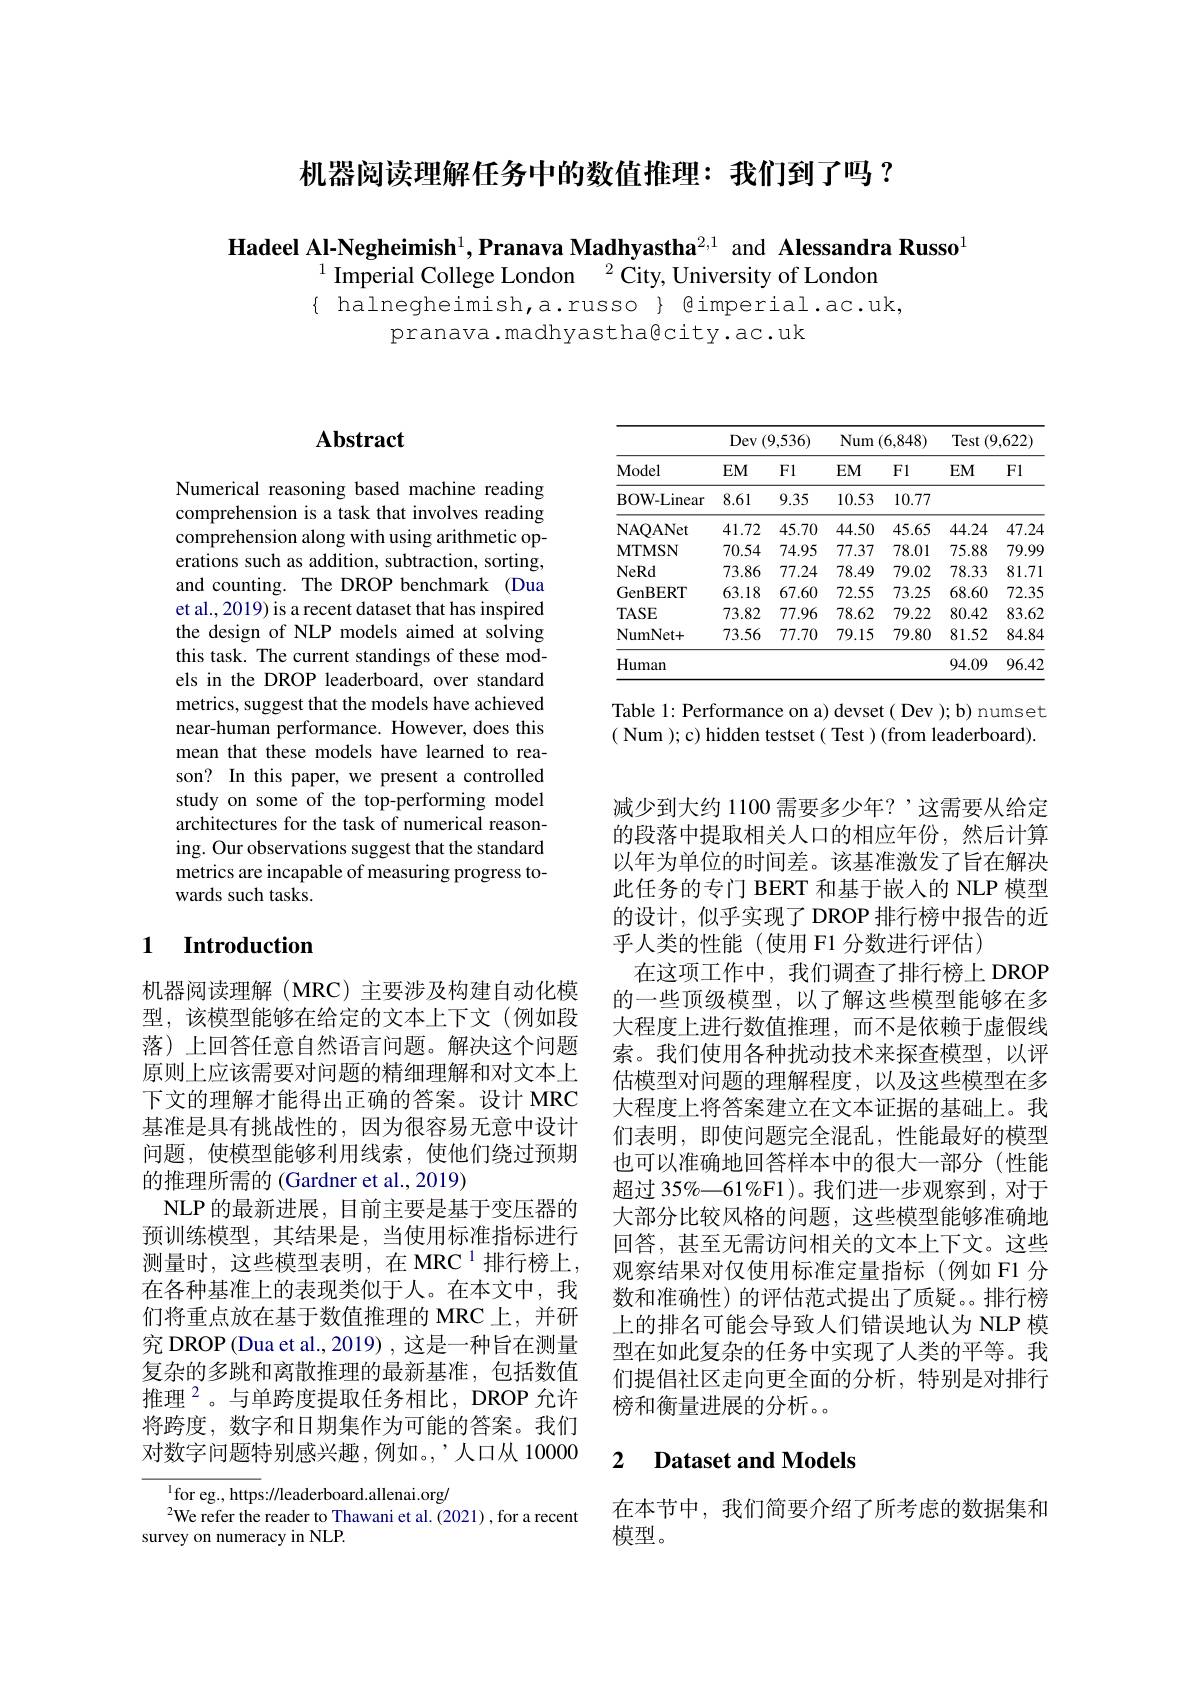
机器阅读理解任务中的数值推理：我们到了吗？

Hadeel Al-Negheimish$^1,\textbf{Pranava Madhyastha}^{2,1}$ and Alessandra Russo
$^{1}$ Imperial College London $^{2}$ City, University of London
$\{$ halnegheimish,a.russo $\}$ gimperial.ac.uk,
pranava.madhyastha@city.ac.uk

### $\mathbf{Abstract}$

Numerical reasoning based machine reading comprehension is a task that involves reading comprehension along with using arithmetic operations such as addition, subtraction, sorting, and counting. The DROP benchmark (Dua et al., 2019) is a recent dataset that has inspired the design of NLP models aimed at solving this task. The current standings of these models in the DROP leaderboard, over standard metrics, suggest that the models have achieved near-human performance. However, does this mean that these models have learned to reason? In this paper, we present a controlled study on some of the top-performing model architectures for the task of numerical reasoning. Our observations suggest that the standard metrics are incapable of measuring progress towards such tasks.

### 1 $\textbf{Introduction}$

机器阅读理解(MRC)主要涉及构建自动化模型，该模型能够在给定的文本上下文(例如段落) 上回答任意自然语言问题。解决这个问题原则上应该需要对问题的精细理解和对文本上下文的理解才能得出正确的答案。设计 MRC 基准是具有挑战性的，因为很容易无意中设计问题，使模型能够利用线索，使他们绕过预期的推理所需的 (Gardner et al., 2019)
NLP 的最新进展，目前主要是基于变压器的预训练模型，其结果是，当使用标准指标进行测量时，这些模型表明，在 MRC $^1$排行榜上， 在各种基准上的表现类似于人。在本文中，我们将重点放在基于数值推理的 MRC 上，并研究 DROP (Dua et al., 2019) , 这是一种旨在测量复杂的多跳和离散推理的最新基准，包括数值推理$^{2}$。与单跨度提取任务相比，DROP 允许将跨度，数字和日期集作为可能的答案。我们对数字问题特别感兴趣，例如。,人口从 10000

$^{1}$for eg., https://leaderboard.allenai.org/
$^{2}$We refer the reader to Thawani et al.(2021), for a recent
survey on numeracy in NLP.

<table>
	<tbody>
		<tr>
			<th rowspan="2">Model</th>
			<th colspan="2">$\operatorname{Dev}\left(9,536\right)$</th>
			<th colspan="2">Num (6,848) 111 1</th>
			<th colspan="2">Test( (9,622) 1</th>
		</tr>
		<tr>
			<th>$EM$</th>
			<th>Fl</th>
			<th>$EM$</th>
			<th>Fl</th>
			<th>$EM$</th>
			<th>Fl</th>
		</tr>
		<tr>
			<td>${\mathrm{BOW-Linear}}$</td>
			<td>8.61</td>
			<td>9.35</td>
			<td>10.53</td>
			<td>10.77</td>
			<td> </td>
			<td> </td>
		</tr>
		<tr>
			<td>NAQANet</td>
			<td>41.72</td>
			<td>45.70</td>
			<td>44.50</td>
			<td>45.65</td>
			<td>44.24</td>
			<td>47.24</td>
		</tr>
		<tr>
			<td>MTMSN</td>
			<td>70.54</td>
			<td>74.95</td>
			<td>77.37</td>
			<td>78.01</td>
			<td>75.88</td>
			<td>79.99</td>
		</tr>
		<tr>
			<td>NeRd</td>
			<td>73.86</td>
			<td>77.24</td>
			<td>78.49</td>
			<td>79.02</td>
			<td>78.33</td>
			<td>81.71</td>
		</tr>
		<tr>
			<td>GenBERT</td>
			<td>63.18</td>
			<td>67.60</td>
			<td>72.55</td>
			<td>73.25</td>
			<td>68.60</td>
			<td>72.35</td>
		</tr>
		<tr>
			<td>$TASE$</td>
			<td>73.82</td>
			<td>77.96</td>
			<td>78.62</td>
			<td>79.22</td>
			<td>80.42</td>
			<td>83.62</td>
		</tr>
		<tr>
			<td>NumNet+</td>
			<td>73.56</td>
			<td>77.70</td>
			<td>79.15</td>
			<td>79.80</td>
			<td>81.52</td>
			<td>84.84</td>
		</tr>
		<tr>
			<td>${\mathrm{Human}}$</td>
			<td> </td>
			<td> </td>
			<td> </td>
			<td> </td>
			<td>94.09</td>
			<td>96.42</td>
		</tr>
	</tbody>
</table>

Table 1: Performance on a) devset( Dev ); b) numset ( Num ); c) hidden testset( Test )(from leaderboard).

减少到大约 1100 需要多少年？’这需要从给定的段落中提取相关人口的相应年份，然后计算以年为单位的时间差。该基准激发了旨在解决此任务的专门 BERT 和基于嵌入的 NLP 模型的设计，似乎实现了 DROP 排行榜中报告的近平人类的性能(使用 F1 分数进行评估)
在这项工作中，我们调查了排行榜上 DROP 的一些顶级模型，以了解这些模型能够在多大程度上进行数值推理，而不是依赖于虚假线索。我们使用各种扰动技术来探查模型，以评估模型对问题的理解程度，以及这些模型在多大程度上将答案建立在文本证据的基础上。我们表明，即使问题完全混乱，性能最好的模型也可以准确地回答样本中的很大一部分(性能超过 35%—61%F1)。我们进一步观察到，对于大部分比较风格的问题，这些模型能够准确地回答，甚至无需访问相关的文本上下文。这些观察结果对仅使用标准定量指标(例如 F1 分数和准确性)的评估范式提出了质疑。排行榜上的排名可能会导致人们错误地认为 NLP 模型在如此复杂的任务中实现了人类的平等。我们提倡社区走向更全面的分析，特别是对排行榜和衡量进展的分析。

### 2 $\textbf{Dataset and Models}$

在本节中，我们简要介绍了所考虑的数据集和
模型。